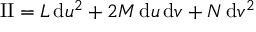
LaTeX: \mathrm { I I } = L \, { \mathrm { d } } u ^ { 2 } + 2 M \, { \mathrm { d } } u \, { \mathrm { d } } v + N \, { \mathrm { d } } v ^ { 2 }